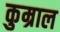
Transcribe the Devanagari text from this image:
कुम्राल